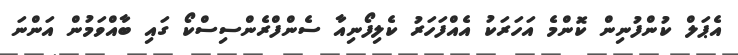
އެޕަލް ކުންފުނިން ކޮންމެ އަހަރަކު އެއްފަހަރު ކެލިފޯނިއާ ސެންފްރެންސިސްކޯ ގައި ބާއްވަމުން އަންނަ